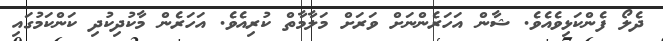
ދެލޯ ފެންކަޅިވެއެވެ. ޝާން އަހަރެންނަށް ވަރަށް މަލާމާތް ކުރިއެވެ. އަހަރެން މާކުދިކުދި ކަންކަމުގައި